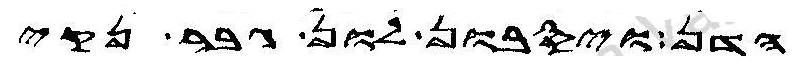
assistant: הדן ויסבון לון גבר נקי